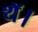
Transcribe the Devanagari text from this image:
थॅ।